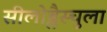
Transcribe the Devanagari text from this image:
सीलोब्लैस्चुला